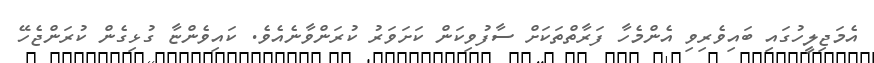
އެމަޖިލީހުގައި ބައިވެރިވި އެންމެހާ ފަރާތްތަކަށް ސާފުވިކަން ކަށަވަރު ކުރަންވާނެއެވެ. ކައިވެންޏާ ގުޅިގެން ކުރަންޖެހޭ